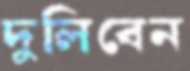
দুলিবেন